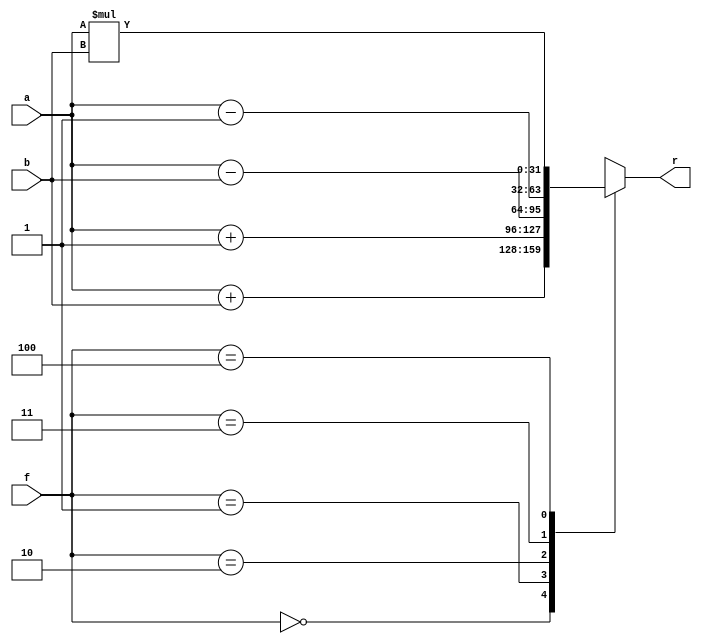
module alu(a, b, f, r);
  input [31:0] a, b;
  input [2:0] f;
  output [31:0] r;
  always @ (a or b or f)
    case (f)
      3'b000: r = a + b;
      3'b001: r = a + 1'b1;
      3'b010: r = a - b;
      3'b011: r = a - 1'b1;
      3'b100: r = a * b;
      default: r = 32'bx;
    endcase
endmodule